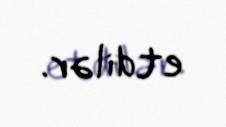
etdilər.